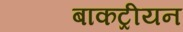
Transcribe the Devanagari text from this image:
बाकट्रीयन